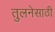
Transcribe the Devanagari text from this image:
तुलनेसाठी